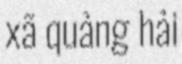
xã quảng hải